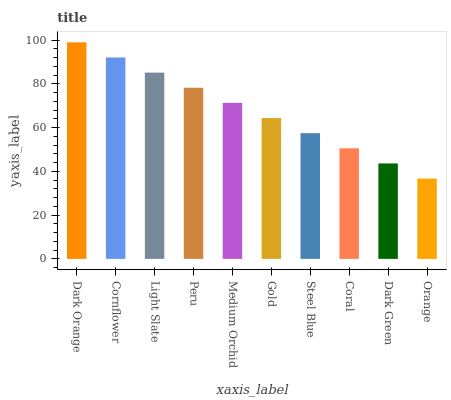
| xaxis_label | bars |
 | --- | --- |
 | Dark Orange | 99 |
 | Cornflower | 92.1 |
 | Light Slate | 85.2 |
 | Peru | 78.2 |
 | Medium Orchid | 71.3 |
 | Gold | 64.4 |
 | Steel Blue | 57.5 |
 | Coral | 50.6 |
 | Dark Green | 43.6 |
 | Orange | 36.7 |